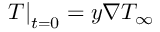
{ \left. T \right| _ { t = 0 } } = y \nabla { T _ { \infty } }